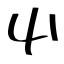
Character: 屮